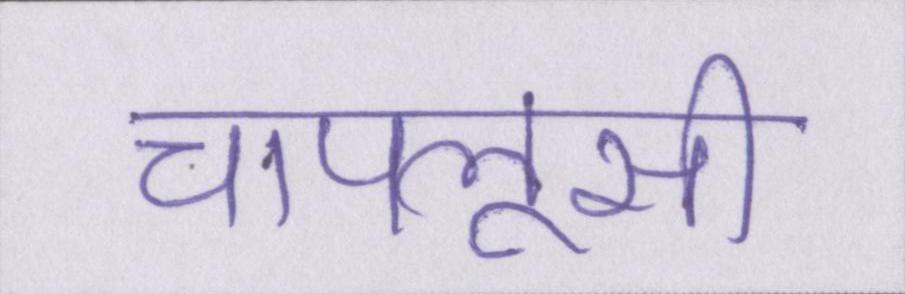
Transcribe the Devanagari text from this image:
चापलूसी